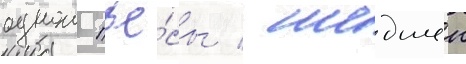
однои пье́сы / шедшеи